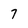
Character: 7